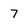
Character: 7